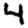
Digit: 4